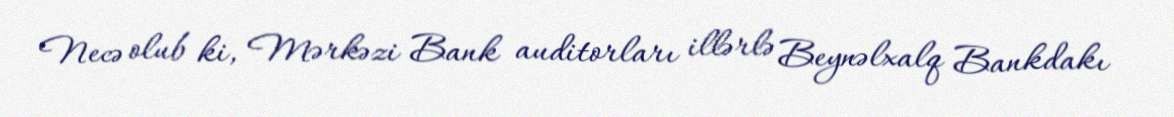
Necə olub ki, Mərkəzi Bank auditorları illərlə Beynəlxalq Bankdakı